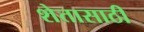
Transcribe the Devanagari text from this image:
शेतासाठी